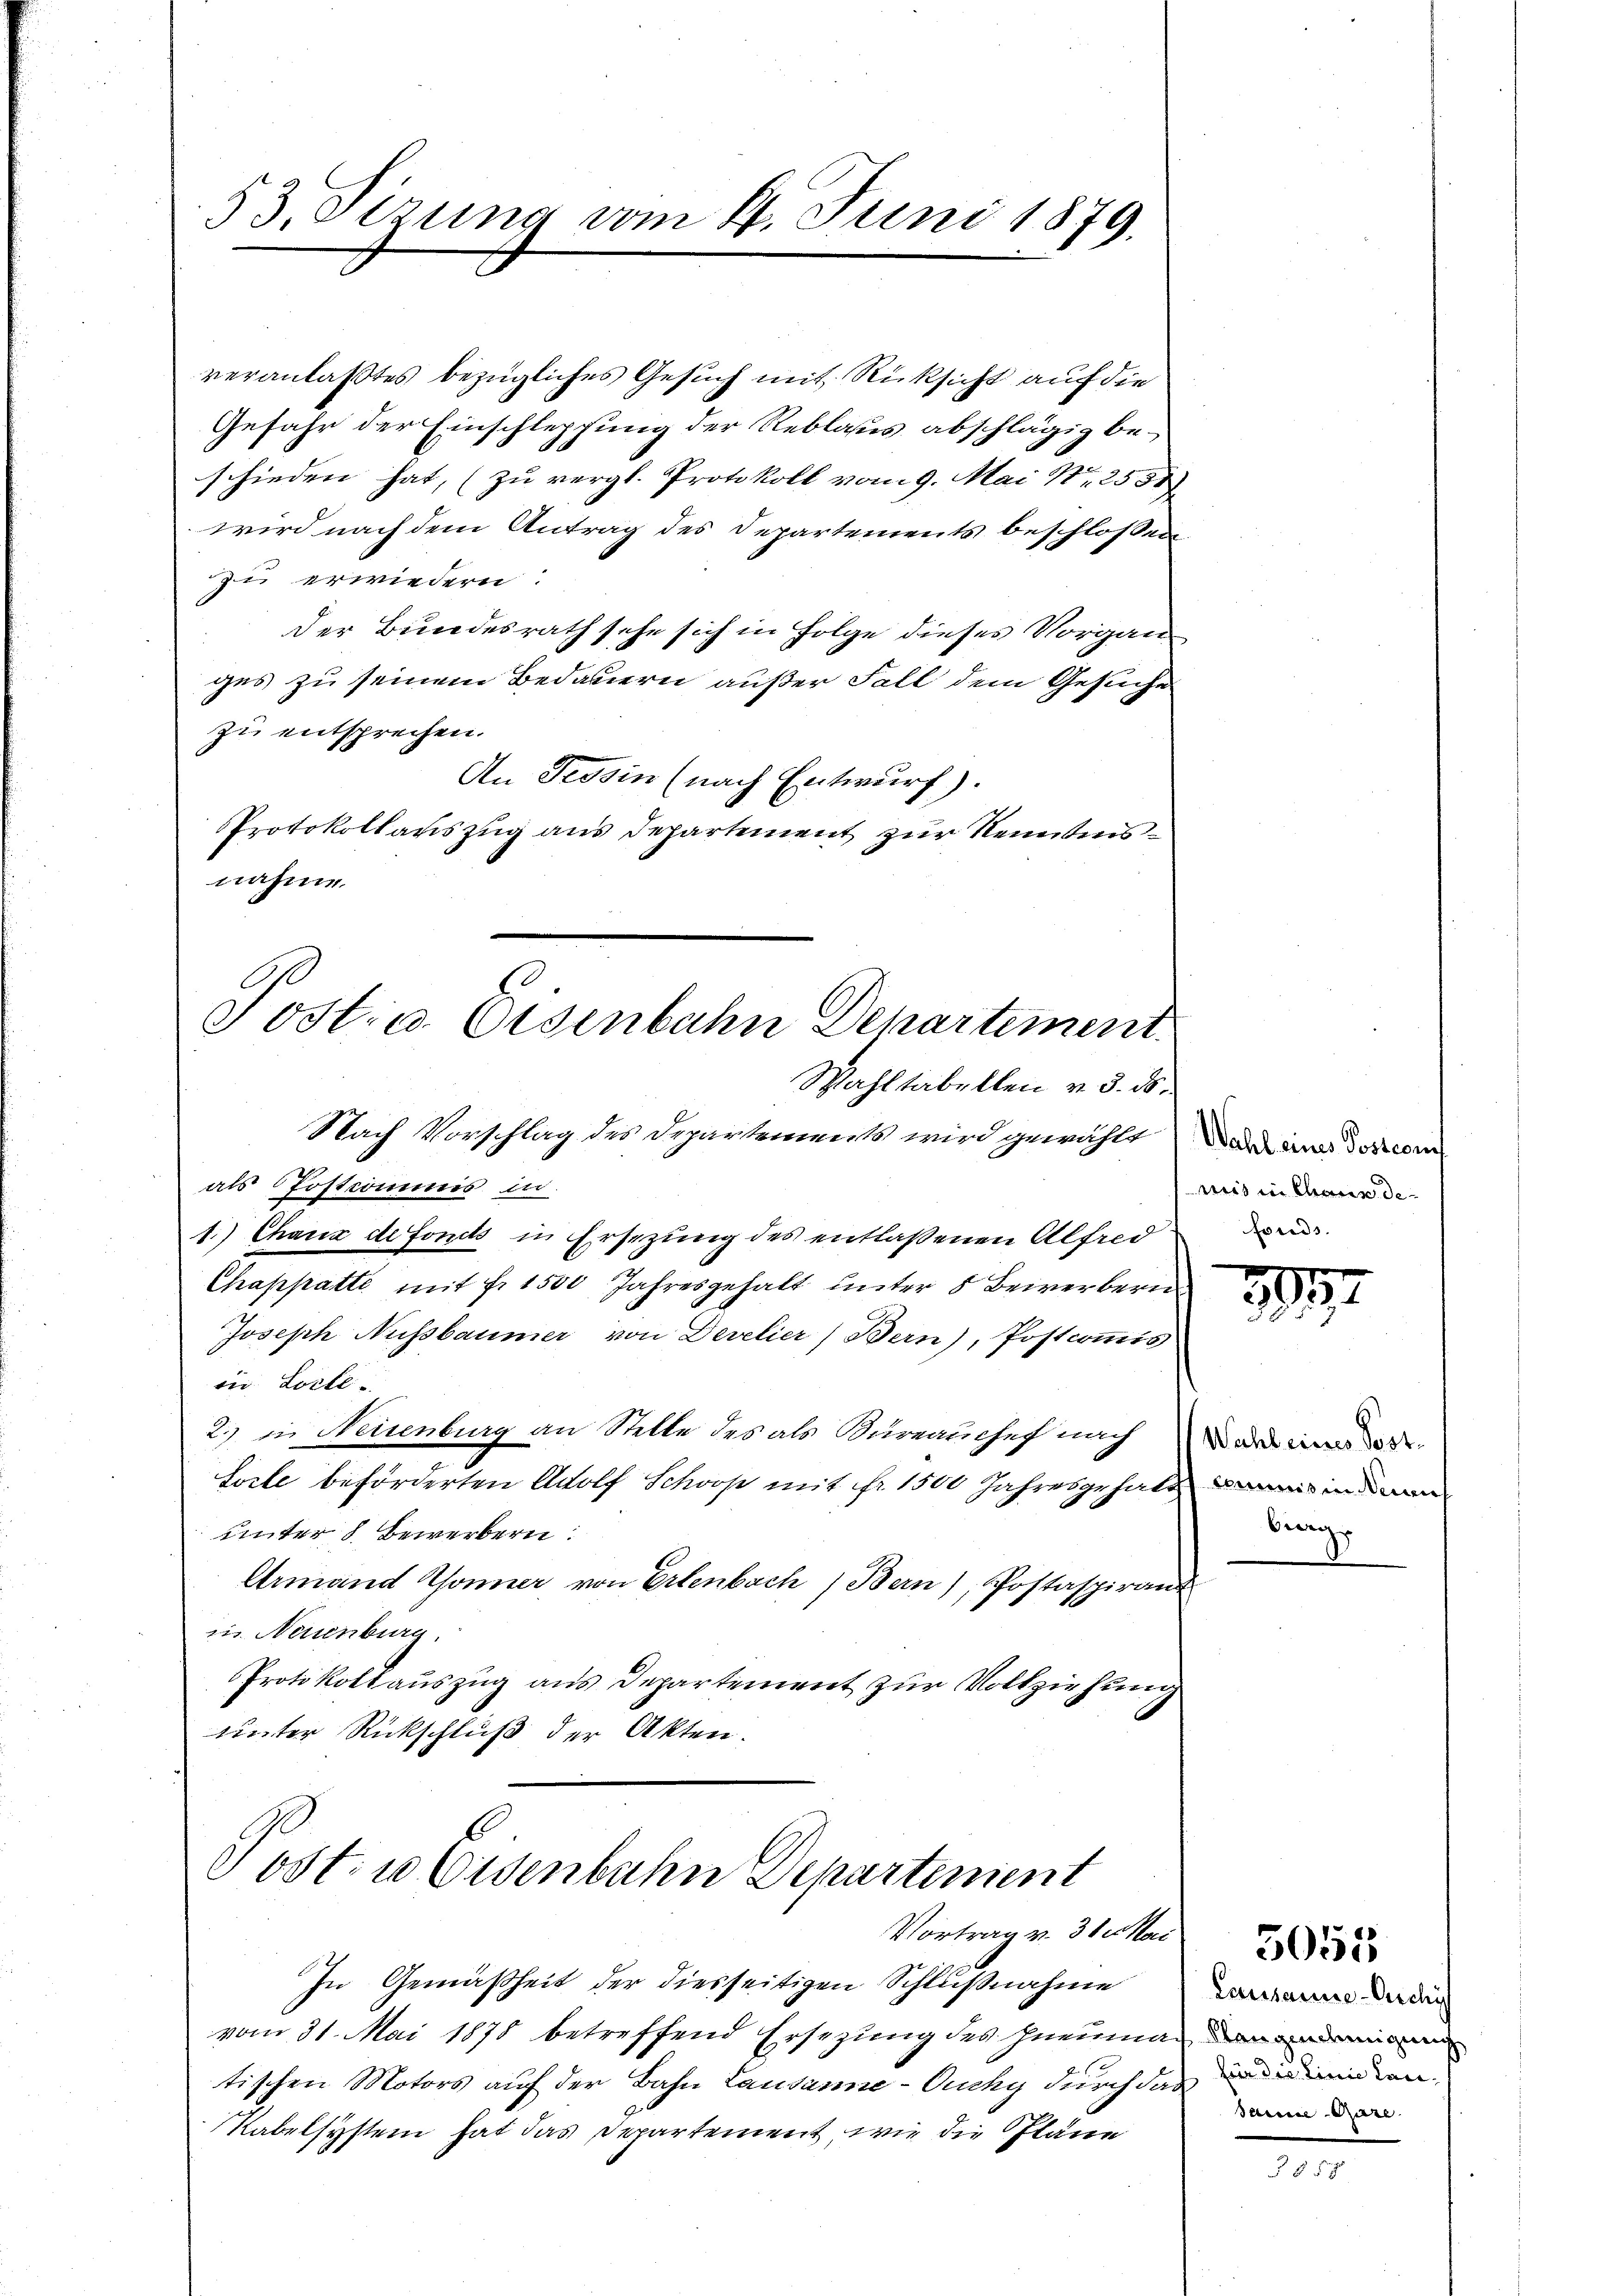
53. Sizung vom 4. Juni 1879.

veranlaßtes bezügliches Gesuch mit Rücksicht auf die
Gefahr der Einschleppung der Reblaus abschlägig beschieden hat, (zŭ vergl. Protokoll vom 9. Mai N. 2531
wird nach dem Antrag des Departements beschlossen
zu erwiedern.
Der Bundesrath sehe sich in Folge dieses Vorganges zu seinem Bedauern außer Fall dem Gesuche
zu entsprechen.
An Tessin (nach Entwurf).
Protokollauszug aus Departement zur Kenntensnahme.

Post: a. Eisenbahn Departement
Wahltabellen v. 5. ds.

Nach Vorschlag des Departements wird gewählt das an descen
als Postcommis in
1.) Chaux de fonds in Ersezung des entlaßenen Alfred
Chappatte mit Fr. 1500 Jahresgehalt unter 5 Beiverbern
Joseph Nussbaumer von Develier) Bern), Postcommis
iin Loche
2. in Neisenburg an Stelle des als Büreaŭchef nach
Sorte beförderten Adolf Schooß mit fr. 1500 Jahresgehalt bis in da
unter 8 Bewerbern
Armand Sonner von Erlenbach Bern), Postaspirant
in Neuenburg.
Protokollauszug aus Departement zur Vollziehung
unter Rückschluß der Akten.

Post- u Eisenbahn Departement
Vortrag v. 31. Ma

In Gemäßheit der diesseitigen Schlußnahme
vom 31. Mai 1878 betreffend Ersezung des Ineumann na
tischen Motors auf der Bahn Lausanne-Ouchy durch das
Kabelsystem hat das Departement, wie die Pläne

mis in Chaus de
fonds.

e
f
3

Wahl eines Postbing

Lausanne-Cichy
für die Linie Lan¬
Samie-Gure.

858